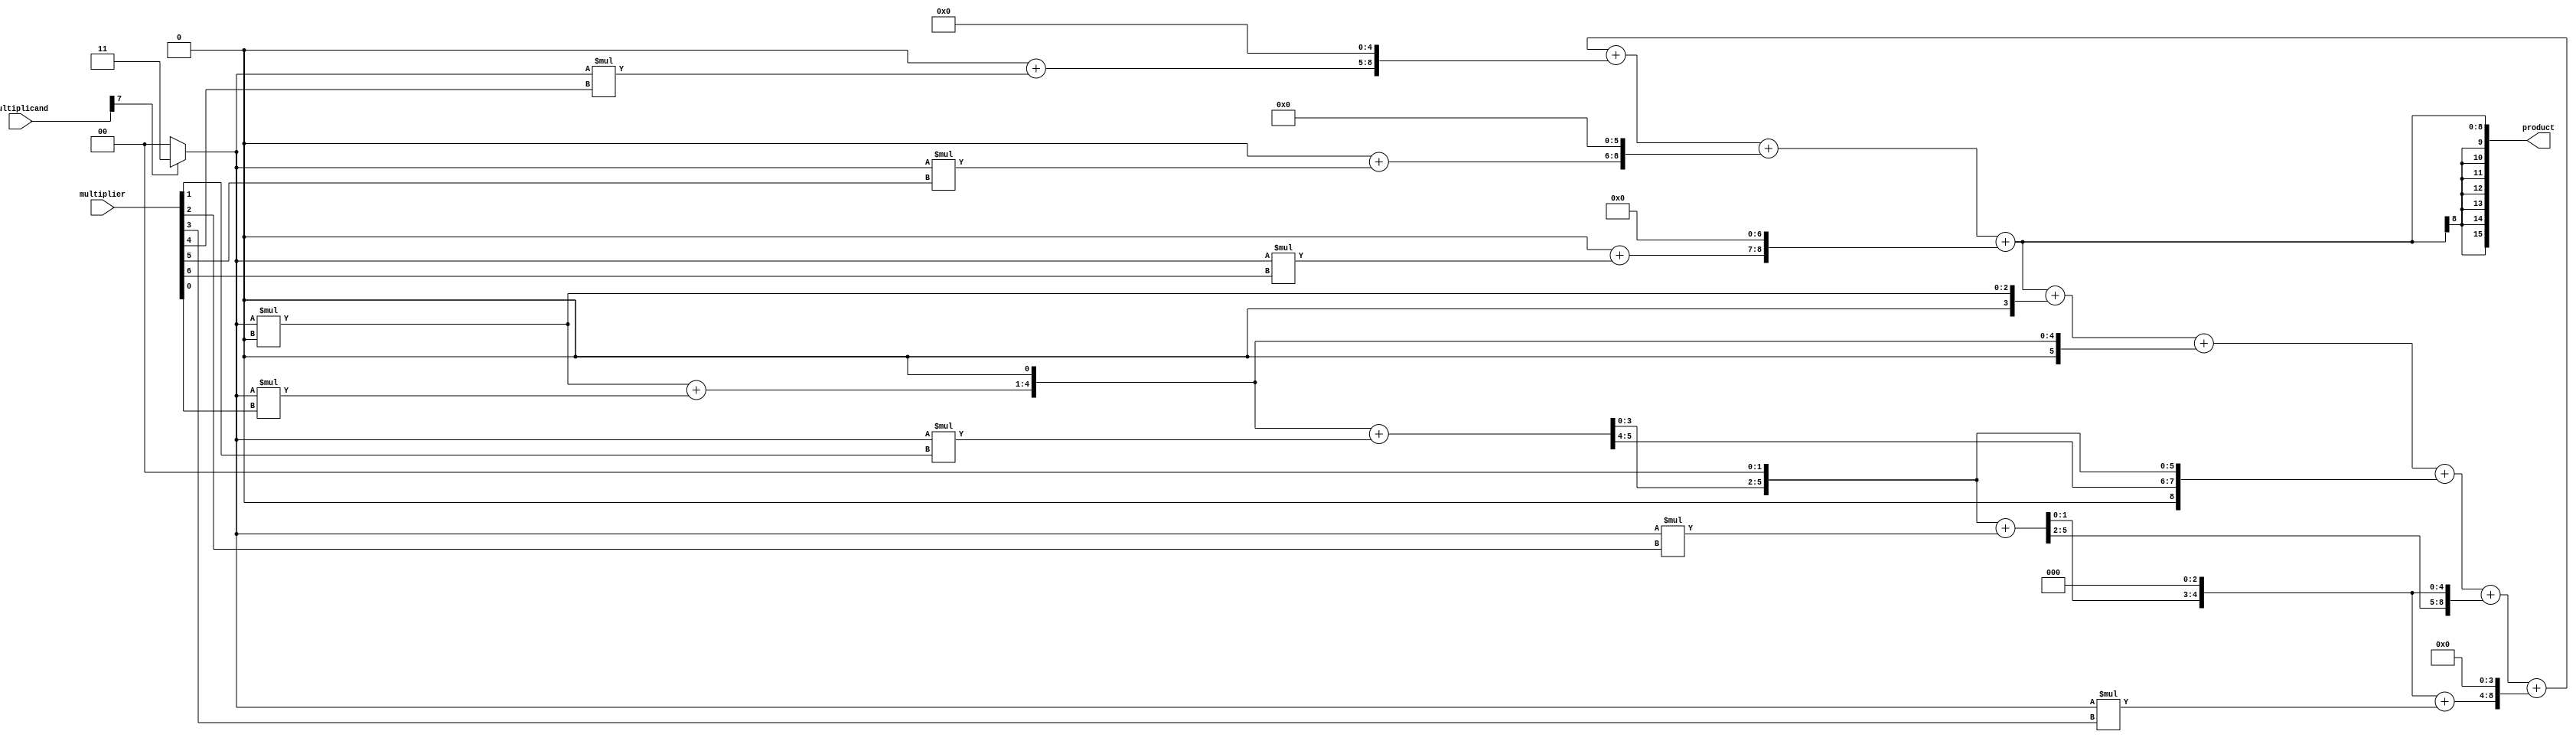
module booth_multiplier(
    input signed [7:0] multiplicand,
    input signed [7:0] multiplier,
    output reg signed [15:0] product
);

reg signed [15:0] partial_product [0:7];
reg signed [15:0] shifted_multiplier;
reg signed [7:0] booth_encoded_multiplier;
reg signed [8:0] accumulator;
reg signed [2:0] counter;
reg signed [1:0] multiplicand_sign_extension;

always @(*) begin
    // Sign extension of the multiplicand
    if (multiplicand[7] == 1)
        multiplicand_sign_extension = 8'b11111111;
    else
        multiplicand_sign_extension = 8'b00000000;
    
    // Encoding the multiplier using Booth algorithm
    booth_encoded_multiplier = multiplier << 1;
    
    // Initial partial product calculation
    partial_product[0] = multiplicand_sign_extension * booth_encoded_multiplier[0];
    
    // Calculation of intermediate partial products using Booth algorithm
    for (counter = 1; counter < 8; counter = counter + 1)
        partial_product[counter] = partial_product[counter-1] + (multiplicand_sign_extension * booth_encoded_multiplier[counter]) << counter;
    
    // Accumulation of all partial products to get the final product
    for (counter = 0; counter < 8; counter = counter + 1)
        accumulator = accumulator + partial_product[counter];
    
    // Final output
    product = accumulator;
end

endmodule